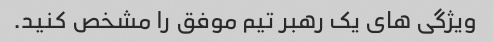
ویژگی های یک رهبر تیم موفق را مشخص کنید.